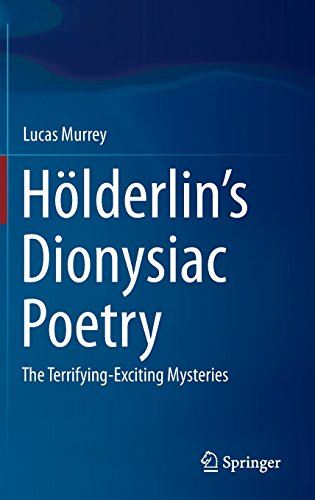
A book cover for HÃ¶lderlin's Dionysiac Poetry: The Terrifying-Exciting Mysteries; Lucas Murrey; Literature & Fiction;